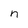
Character: n